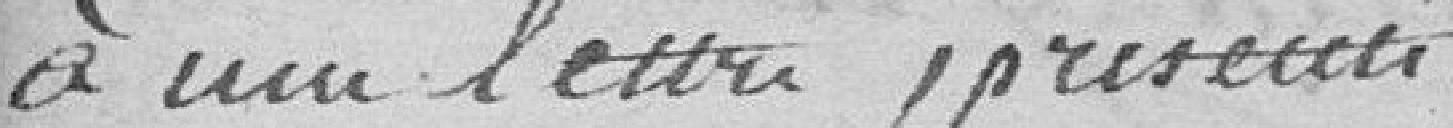
à une lettre présentée